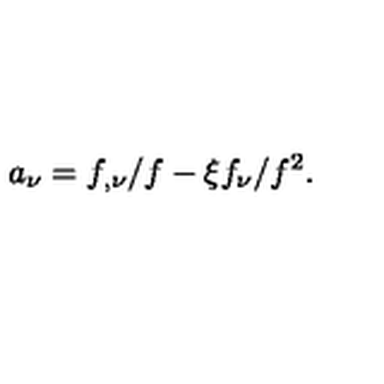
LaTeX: a _ { \nu } = f _ { , \nu } / f - \xi f _ { \nu } / f ^ { 2 } .